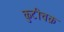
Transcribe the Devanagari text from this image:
कुटीचक्र